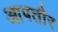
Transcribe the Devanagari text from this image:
आपतौर